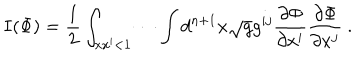
I ( \Phi ) = \frac { 1 } { 2 } \int _ { x x ^ { \prime } < 1 } \cdots \int d ^ { n + 1 } x \sqrt { g } g ^ { i j } \frac { \partial \Phi } { \partial x ^ { i } } \frac { \partial \Phi } { \partial x ^ { j } } ~ .